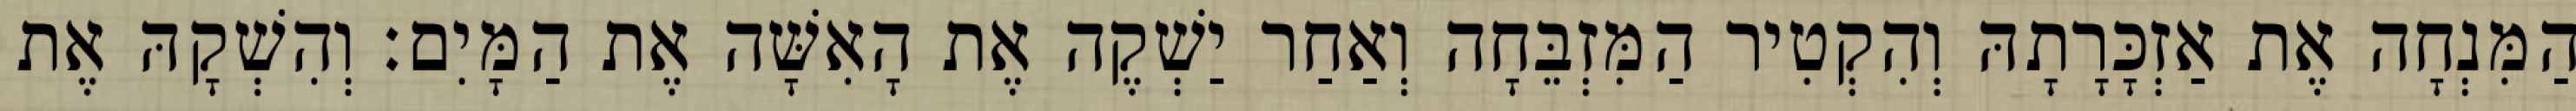
הַמִּנְחָה אֶת אַזְכָּרָתָהּ וְהִקְטִיר הַמִּזְבֵּחָה וְאַחַר יַשְׁקֶה אֶת הָאִשָּׁה אֶת הַמָּיִם׃ וְהִשְׁקָהּ אֶת